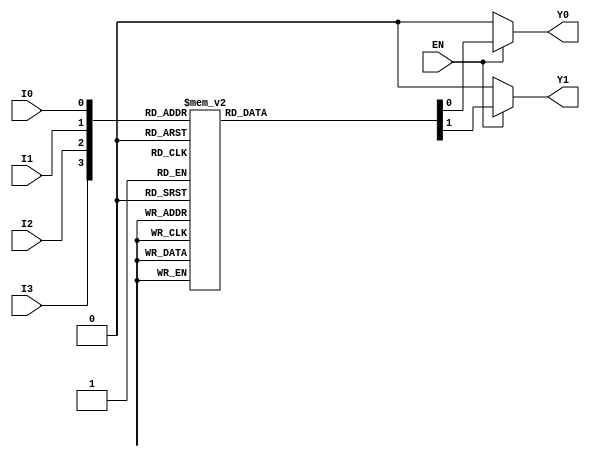
module encoder_4to2 (
    input wire I3,   // Most significant input
    input wire I2,   // Third input
    input wire I1,   // Second input
    input wire I0,   // Least significant input
    input wire EN,   // Enable signal
    output reg Y1,   // Output bit 1
    output reg Y0    // Output bit 0
);

// Combinational logic for the encoder
always @(*) begin
    if (!EN) begin
        // If enable is low, set outputs to 00
        Y1 = 1'b0;
        Y0 = 1'b0;
    end else begin
        // Priority encoding based on inputs
        case ({I3, I2, I1, I0})
            4'b0000: {Y1, Y0} = 2'b00; // No active input
            4'b0001: {Y1, Y0} = 2'b00; // I0 active
            4'b0010: {Y1, Y0} = 2'b01; // I1 active
            4'b0100: {Y1, Y0} = 2'b10; // I2 active
            4'b1000: {Y1, Y0} = 2'b11; // I3 active
            4'b0011: {Y1, Y0} = 2'b01; // I0 or I1 active
            4'b0101: {Y1, Y0} = 2'b10; // I0 or I2 active
            4'b0110: {Y1, Y0} = 2'b10; // I1 or I2 active
            4'b1001: {Y1, Y0} = 2'b11; // I0 or I3 active
            4'b1010: {Y1, Y0} = 2'b11; // I1 or I3 active
            4'b1100: {Y1, Y0} = 2'b11; // I2 or I3 active
            4'b1110: {Y1, Y0} = 2'b11; // I3 active
            4'b1111: {Y1, Y0} = 2'b11; // I3 active
            default: {Y1, Y0} = 2'b11;  // Default case
        endcase
    end
end

endmodule